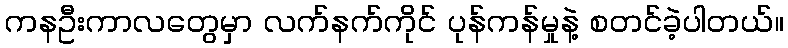
ကနဦးကာလတွေမှာ လက်နက်ကိုင် ပုန်ကန်မှုနဲ့ စတင်ခဲ့ပါတယ်။